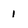
Character: I